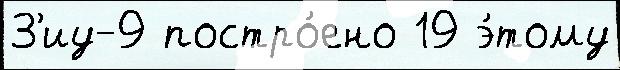
З'иу-9 постро́ено 19 э́тому